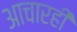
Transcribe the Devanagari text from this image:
आचारही